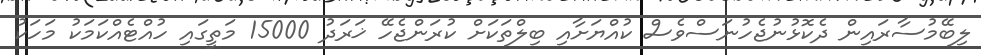
ލިބޭމުސާރައިން ދެކޮޅުނުޖެހުނަސްވެސް ކުއްޔަށާއި ބިލްތަކަށް ކުރަންޖެހޭ ޚަރަދު 15000 މަތީގައި ހުއްޓެއްކަމަކު މަހަކު